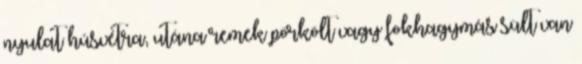
nyulat húsvétra, utána remek pörkölt vagy fokhagymás sült van